NAE_ERA_R-1665_Eesti_Kunstnike_Liit, lk 26
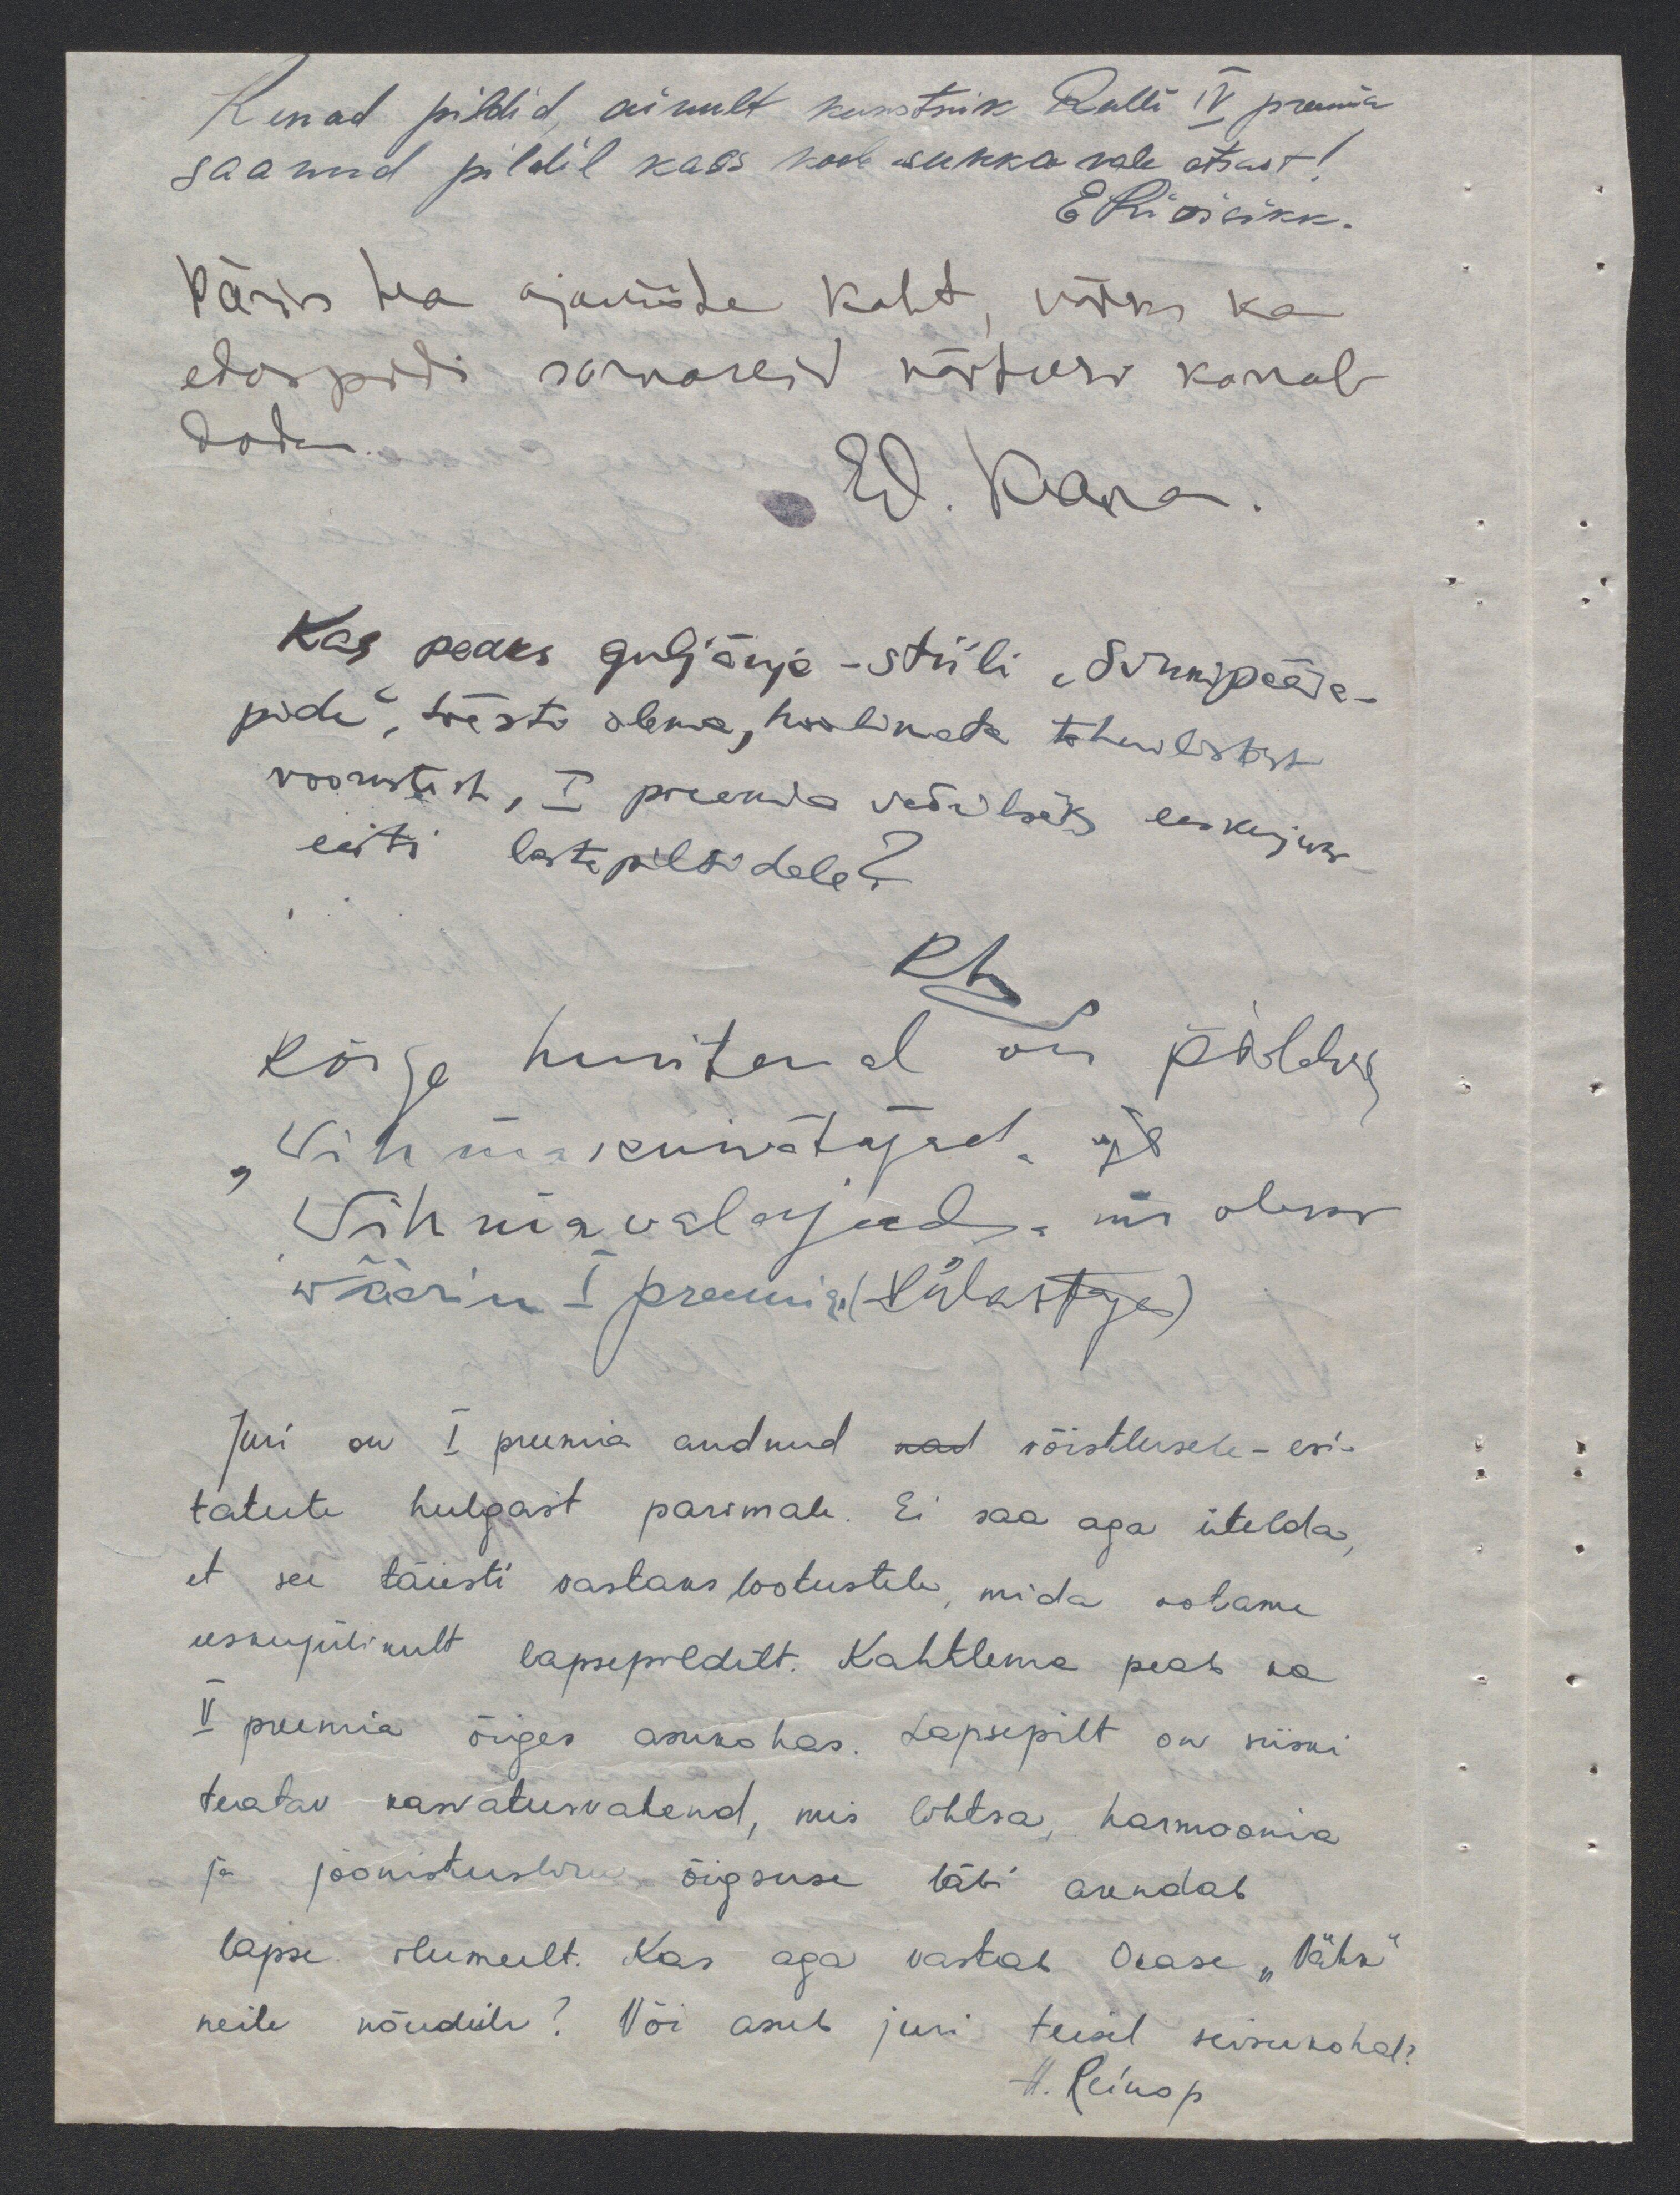
Kenad pildid, ainult kunstnik Rulli IV preemia
saanud pildil kass koob sukka vale otsast!
Päris hea ajaviite koht, võiks ka
edaspidi sarnaseid näitusi korral-
dada.
Kas peaks güljänja - stiili "Sünnipäeva-
pidu", tõesti olema, hoolimata tehnilistest
voorustest, I preemia vääriliseks eeskujuks
eesti lastepiltidele?
kõige huvitaval on pildid
"Vihmakuivatajad" ja
"Vihmavalajad" mis oleks
wäärinu  I preemia (külastaja)
Juri on I preemia andnud nad võistlusele - esi-
tatute hulgast parimale. Ei saa aga ütelda,
et see täiesti vastaks lootustele, mida ootame
eeskujulikult lapsepildilt. Kahtlema peab ka
V preemia õiges asukohas. Lapsepilt on siiski
teatav kasvatusvahend, mis lihtsa, harmoonia
ja joonistusliku õigsuse läbi arendab
lapse ilumeelt. Kas aga vastab Orase "Vähk"
neile nõudeile? Või asub juri teisel seisukohal?
H. Reinop